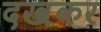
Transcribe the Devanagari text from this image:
दखकर